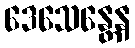
ဒေသေန္တေန